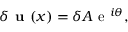
\delta \textbf { u } ( x ) = \delta A \mathrm { ~ e ~ } ^ { i \boldsymbol { \theta } } ,